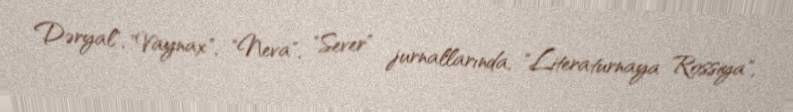
Dəryal", "Vaynax", "Neva", "Sever" jurnallarında, "Literaturnaya Rossiya",